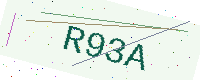
Text: R93A